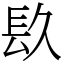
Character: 镹